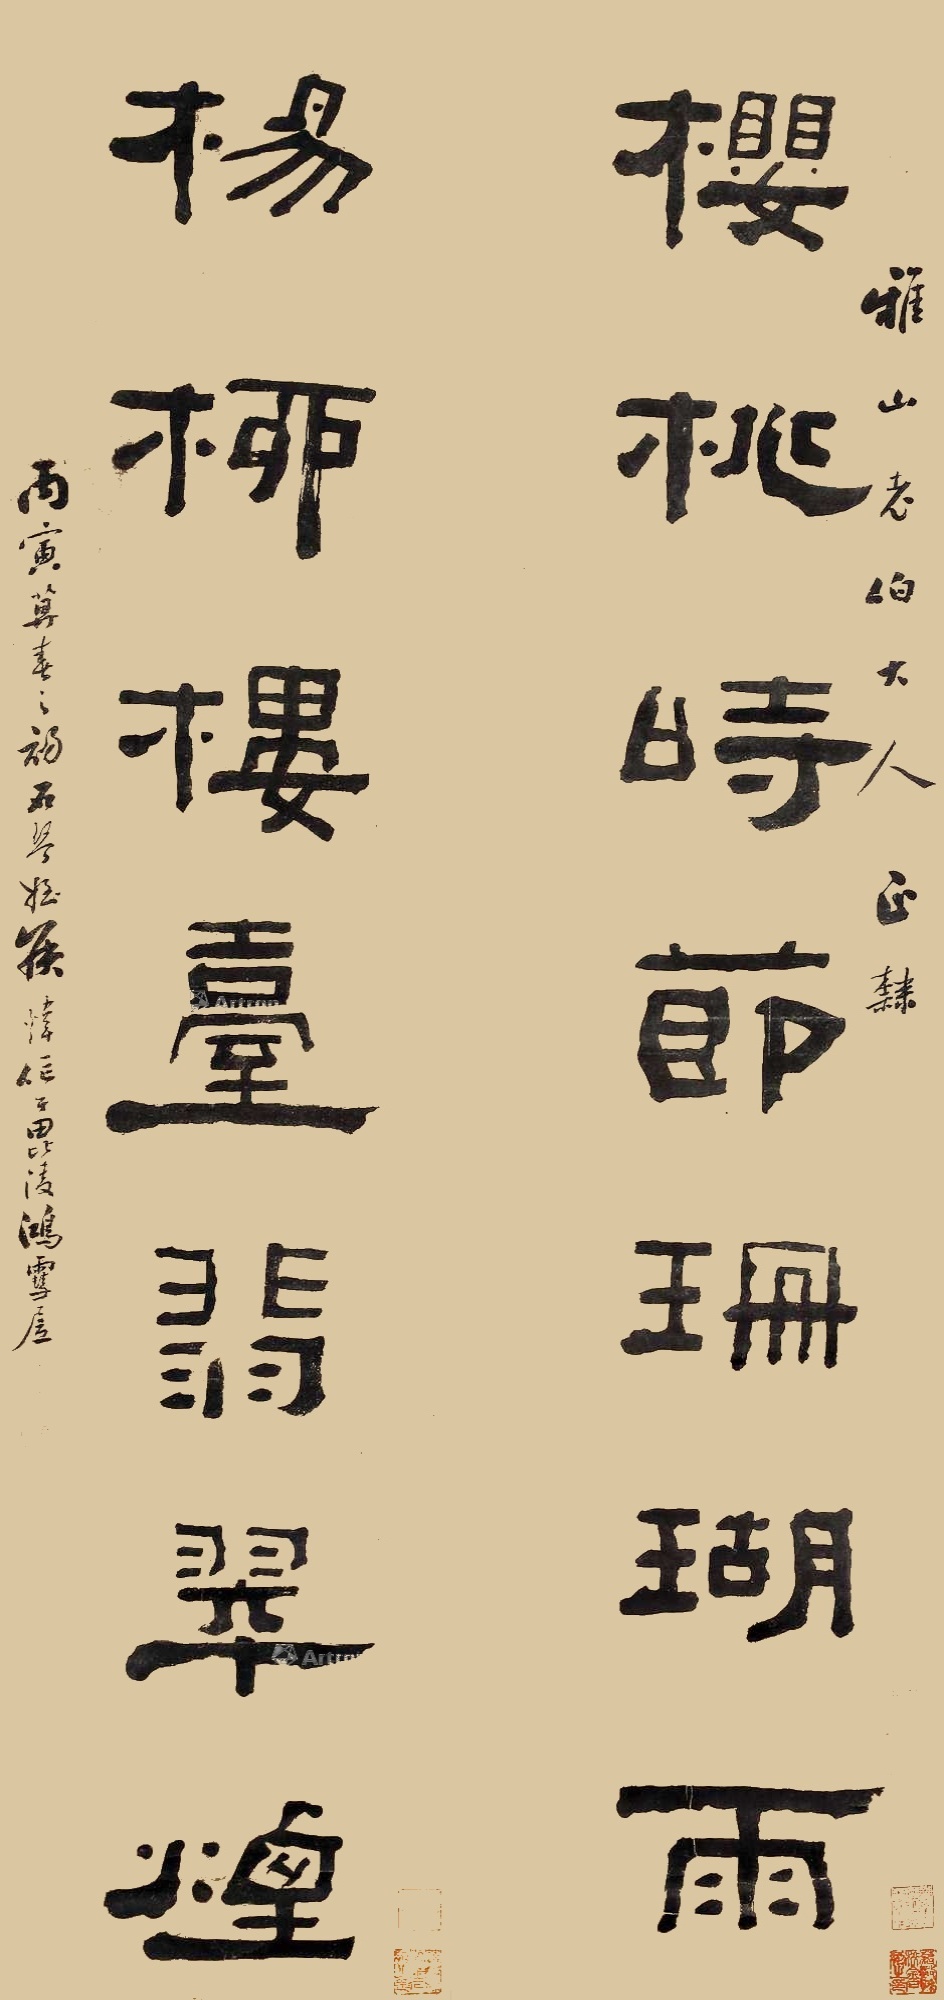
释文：樱桃时节珊瑚雨，杨柳楼台翡翠烟。雅山老伯大人正隶，丙寅暮春之初石琴侄侯炜作于毘陵鸿雪居。